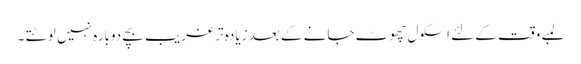
لمبے وقت کے لئے اسکول چھوٹ جانے کے بعد زیادہ تر غریب بچے دوبارہ نہیں لوٹتے ۔